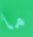
ما